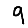
Digit: 9